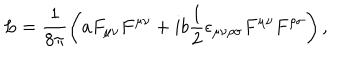
L = \frac { 1 } { 8 \pi } \left( a F _ { \mu \nu } F ^ { \mu \nu } + i b \frac { 1 } { 2 } \epsilon _ { \mu \nu \rho \sigma } F ^ { \mu \nu } F ^ { \rho \sigma } \right) ,